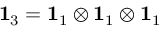
\mathbf { 1 } _ { 3 } = \mathbf { 1 } _ { 1 } \otimes \mathbf { 1 } _ { 1 } \otimes \mathbf { 1 } _ { 1 }